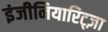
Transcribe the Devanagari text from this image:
इंजीनियारिट्ज़ा